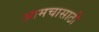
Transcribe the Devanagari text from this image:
आमचासाठी